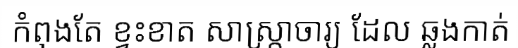
កំពុងតែ ខ្វះខាត សាស្ត្រាចារ្យ ដែល ឆ្លងកាត់